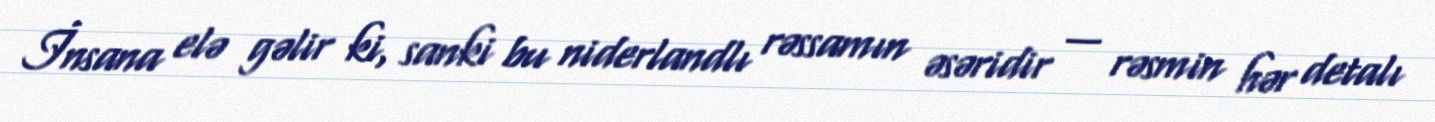
İnsana elə gəlir ki, sanki bu niderlandlı rəssamın əsəridir — rəsmin hər detalı